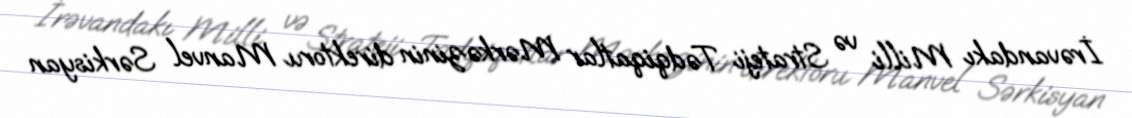
İrəvandakı Milli və Strateji Tədqiqatlar Mərkəzinin direktoru Manvel Sərkisyan